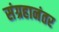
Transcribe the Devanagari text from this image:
संग्रहानंतर